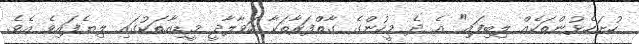
ހުށަހެޅުންތަކެއް ލިބިފައި" އެ ދެ މީހުންގެ ގާތްފަރާތަކާ ހަވާލާދީ މީޑިއާތަކުގައި ލިޔެފައިވެ އެވެ.